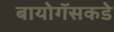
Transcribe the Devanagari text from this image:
बायोगॅसकडे